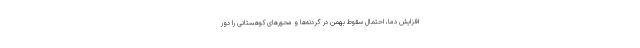
افزایش دما، احتمال سقوط بهمن در گردنه‌ها و محورهای کوهستانی را دور